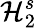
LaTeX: \mathcal{H}_{2}^{s}